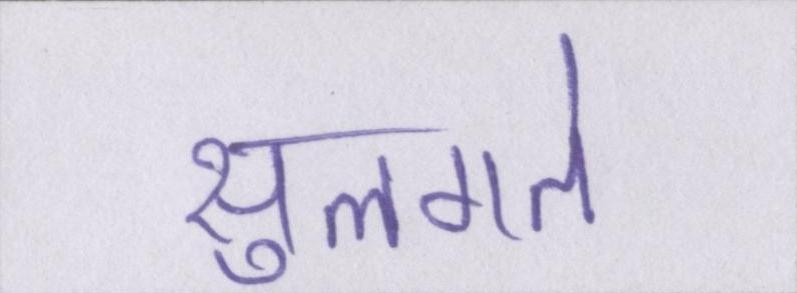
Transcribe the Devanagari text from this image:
सुलगते